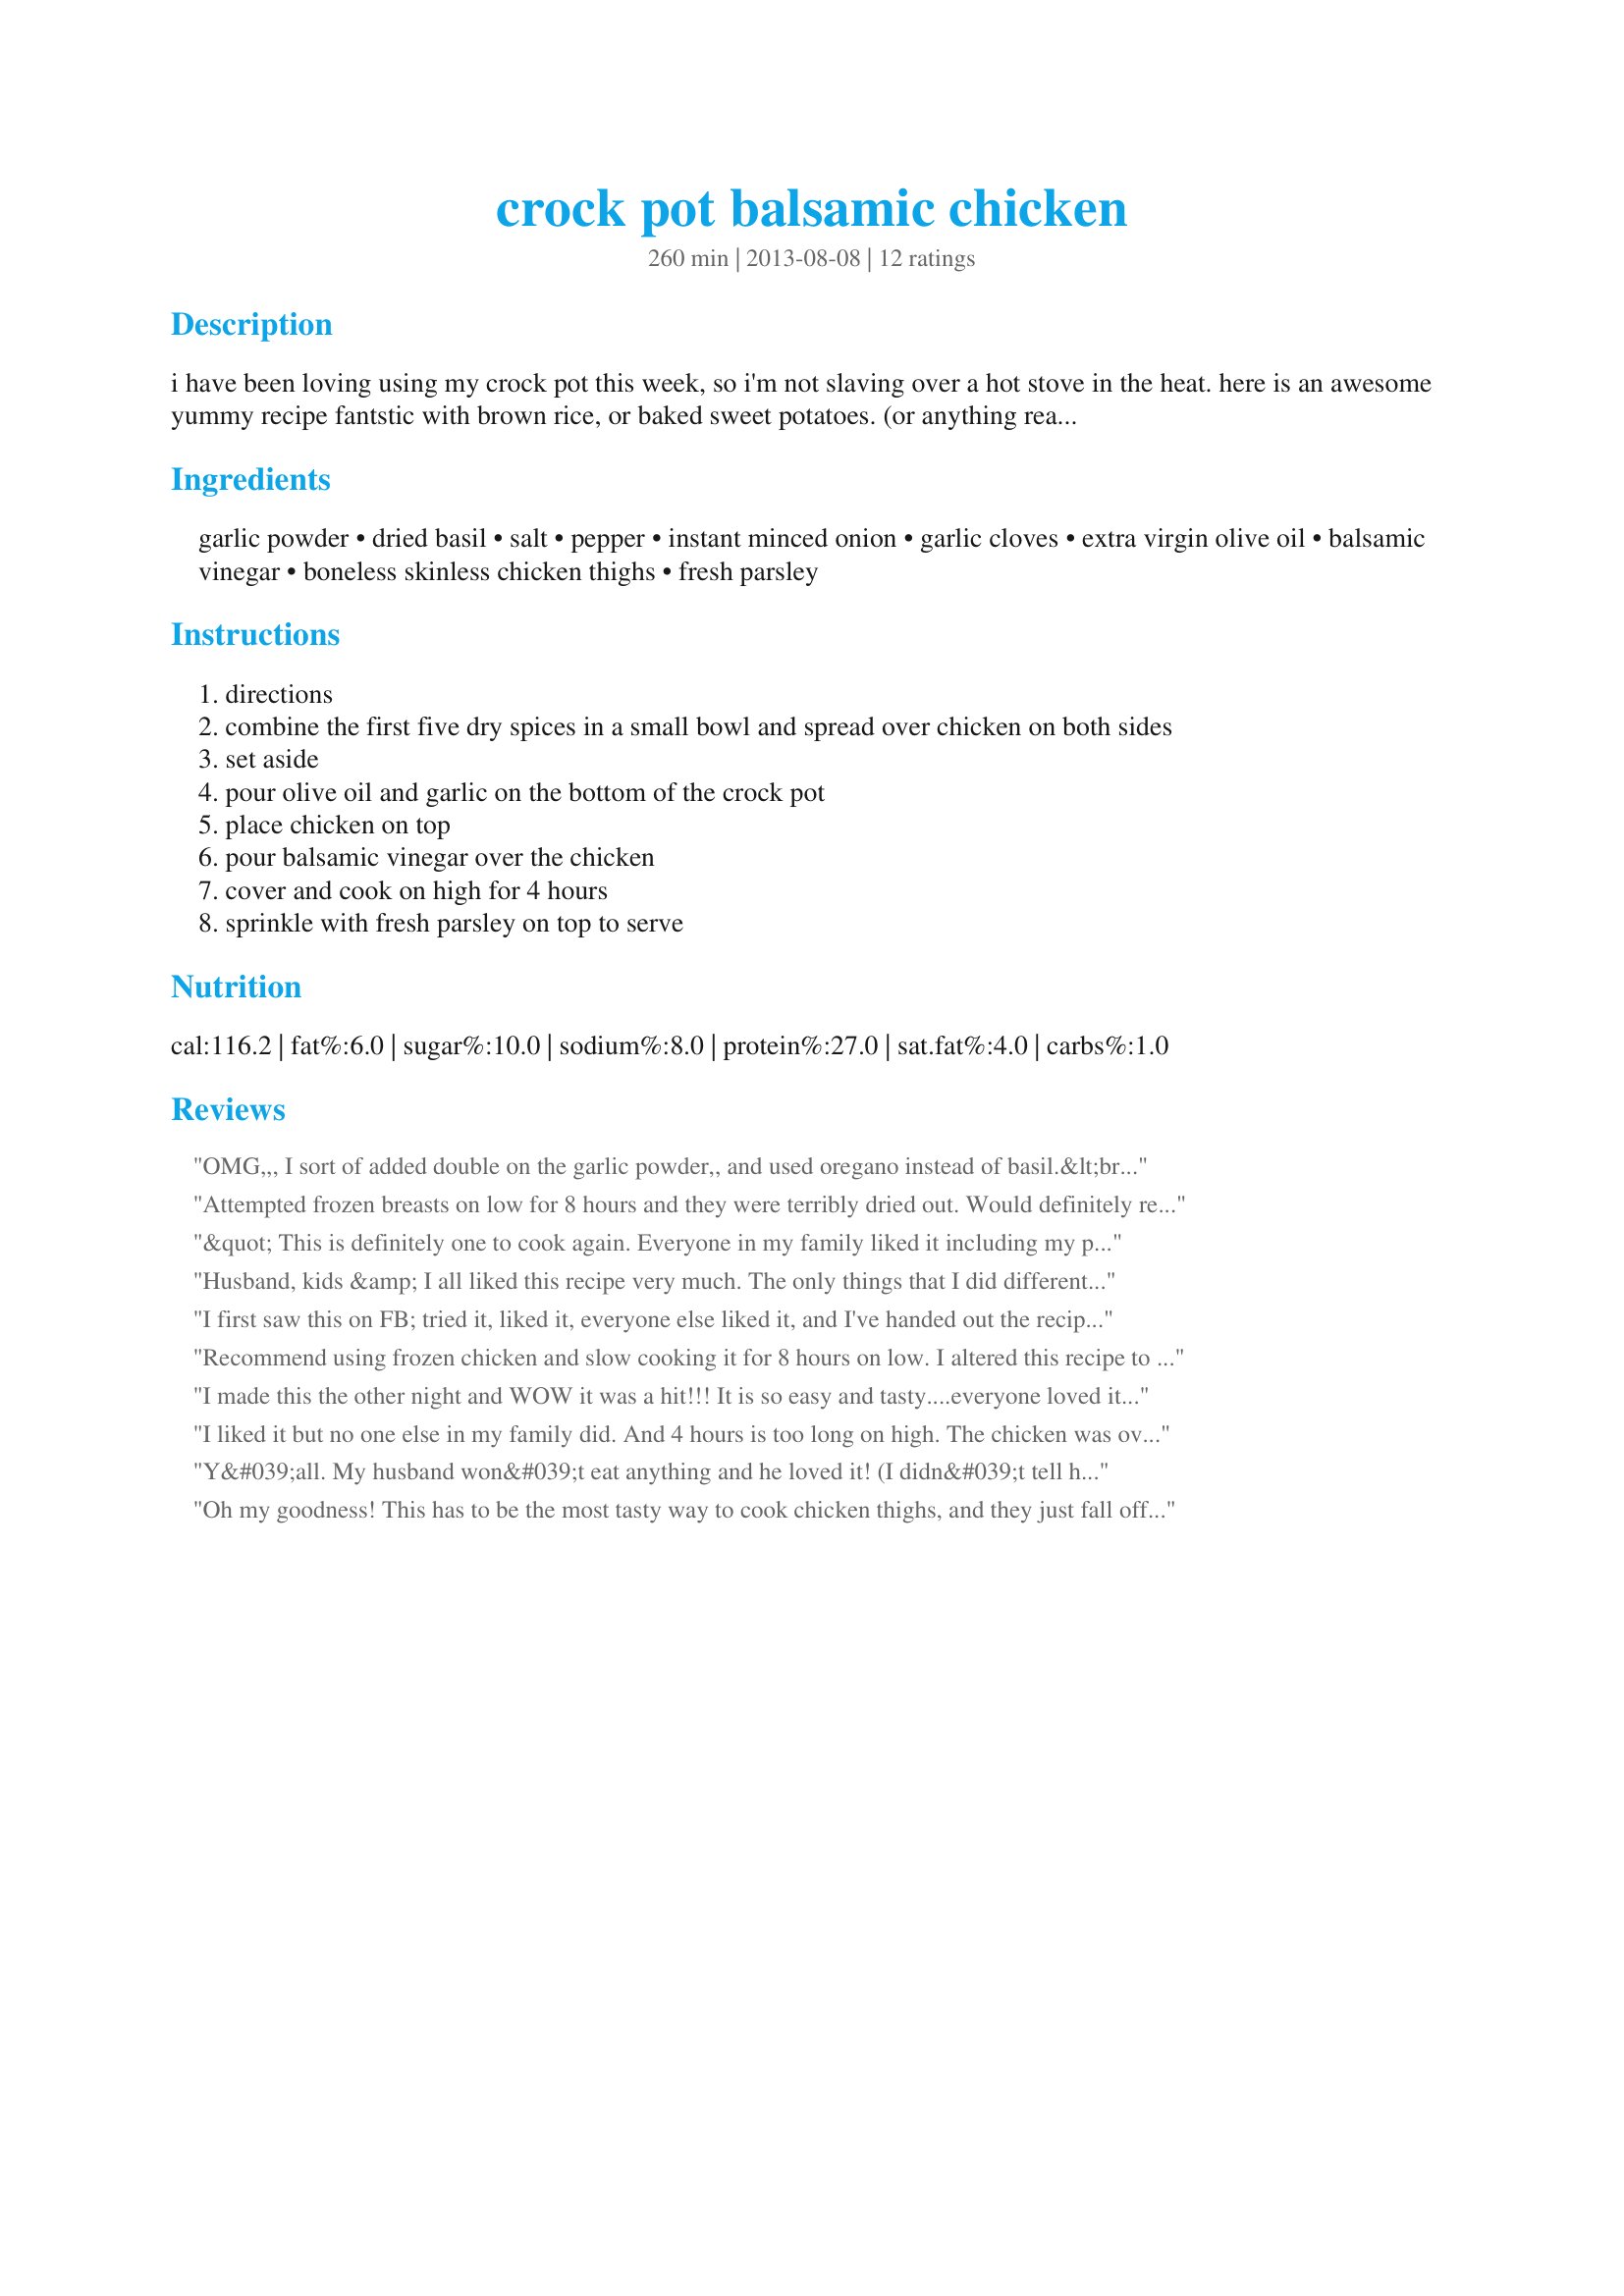
crock pot balsamic chicken
Preparation time: 260 minutes

i have been loving using my crock pot this week, so i'm not slaving over a hot stove in the heat. here is an awesome yummy recipe fantstic with brown rice, or baked sweet potatoes. (or anything really! lol) remember to share to save recipe on your wall!

Ingredients:
garlic powder, dried basil, salt, pepper, instant minced onion, garlic cloves, extra virgin olive oil, balsamic vinegar, boneless skinless chicken thighs, fresh parsley

Steps:
directions
combine the first five dry spices in a small bowl and spread over chicken on both sides
set aside
pour olive oil and garlic on the bottom of the crock pot
place chicken on top
pour balsamic vinegar over the chicken
cover and cook on high for 4 hours
sprinkle with fresh parsley on top to serve

Reviews:
OMG,,, I sort of added double on the garlic powder,, and used oregano instead of basil.&lt;br/&gt;&lt;br/&gt;I wanted to climb into the crockpot and lick it out, lol!
Attempted frozen breasts on low for 8 hours and they were terribly dried out. Would definitely recommend thighs over breasts. It was nice and easy to throw together before work though.
&quot; This is definitely one to cook again. Everyone in my family liked it including my picky kids. I do how ever suggest cooking it on low instead of high&quot;
Husband, kids &amp; I all liked this recipe very much. The only things that I did differently from the directions was I used 5 frozen boneless chicken breasts and put them in the crockpot frozen (not thawed at all) on the LOW setting for 8 hours. They practically fell apart getting them out of the crockpot.
I first saw this on FB; tried it, liked it, everyone else liked it, and I've handed out the recipe frequently. I was going to enter it here if it wasn't already posted. That's how much I enjoy it. Simple preparation and great results.
Recommend using frozen chicken and slow cooking it for 8 hours on low. I altered this recipe to include 1/2 bag of frozen chopped kale and 1 bag of frozen cubed butternut squash (or you could use sweet potatoes). Also used 3x as much minced garlic, and maple flavored balsamic vinegar to give it some sweetness, but I&#039;d recommend playing around with different BV flavors to find the one you like best. All together this made for a very healthy, low calorie recipe that everyone enjoyed.
I made this the other night and WOW it was a hit!!! It is so easy and tasty....everyone loved it and could not get enough.
I liked it but no one else in my family did. And 4 hours is too long on high. The chicken was over cooked maybe it should be 4 hours on low.
Y&#039;all. My husband won&#039;t eat anything and he loved it! (I didn&#039;t tell him the chicken was thighs, and he normally doesn&#039;t even like dark meat!) My one year-old also enjoyed it! The chicken was so tender it basically melted in my mouth. However, as other reviewers have noted, 4 hours on high is probably way too long, depending on your crock pot. My crock pot was definitely done at three hours, although I left it on low for the last hour before it occurred to me that I could just check the temperature (duh). I am guessing one hour on high and three on low would probably be the best practice for food safety and taste, at least for my crock pot. I will definitely make this again!
Oh my goodness! This has to be the most tasty way to cook chicken thighs, and they just fall off the bone. My 4 teens and their respective others loved this. We rate new recipes by &quot;YES cook this again&quot; and &quot;No go ahead and pass&quot;. This was &quot;YES&quot; in all caps! Thank you so much. I will look for more of yours.
I cooked 3 large bone in breast 8 hrs on low. I did use fresh onion as well as dried but the end result was lacking in flavor. I de-boned and broke up the chicken,returning it to the pot, then added one container of Cambells Slow kettle style &quot;Portobello Mushroom and Madeira Bisque&quot;, cooked on high for a few minutes . It was wonderful over mashed potatoes and rice. This would easily feed 6. I would do boneless breast next time and save thee de-boning process.
I was impressed by the ease of this recipe. I&#039;m more of a multi step cook and am just warming up to the slow cooker. This recipe made me a believer. No leftovers and cheap to make. Surprisingly good! I served with green beans and baked potato.
